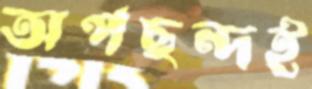
অপছন্দই